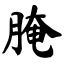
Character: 腌